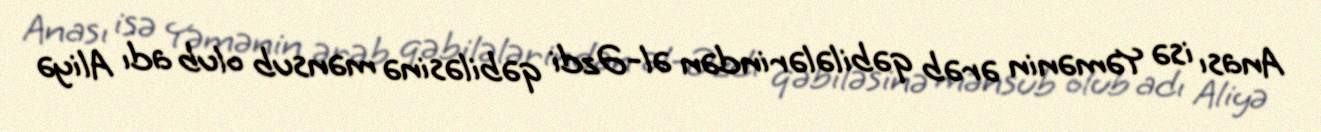
Anası isə Yəmənin ərəb qəbilələrindən əl-Əzdi qəbiləsinə mənsub olub adı Aliyə